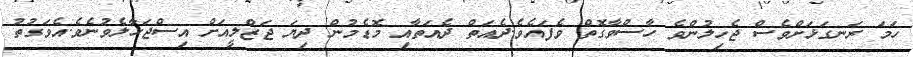
ހަމަ ރަނގަޅަށްވެސް ޖެހިލުންވެ ހާސްވާގޮތް ވެފައެވެ.ދެއަތް ދެއަތާއި މޮޑެމުން ދިޔަ ޖަޒްލީއަށް އިސްޖަހާލެވުނެވެ.އެވަގުތު